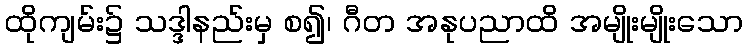
ထိုကျမ်း၌ သဒ္ဒါနည်းမှ စ၍၊ ဂီတ အနုပညာထိ အမျိုးမျိုးသော